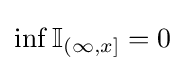
\inf \mathbb {I} _{(\infty ,x]}=0